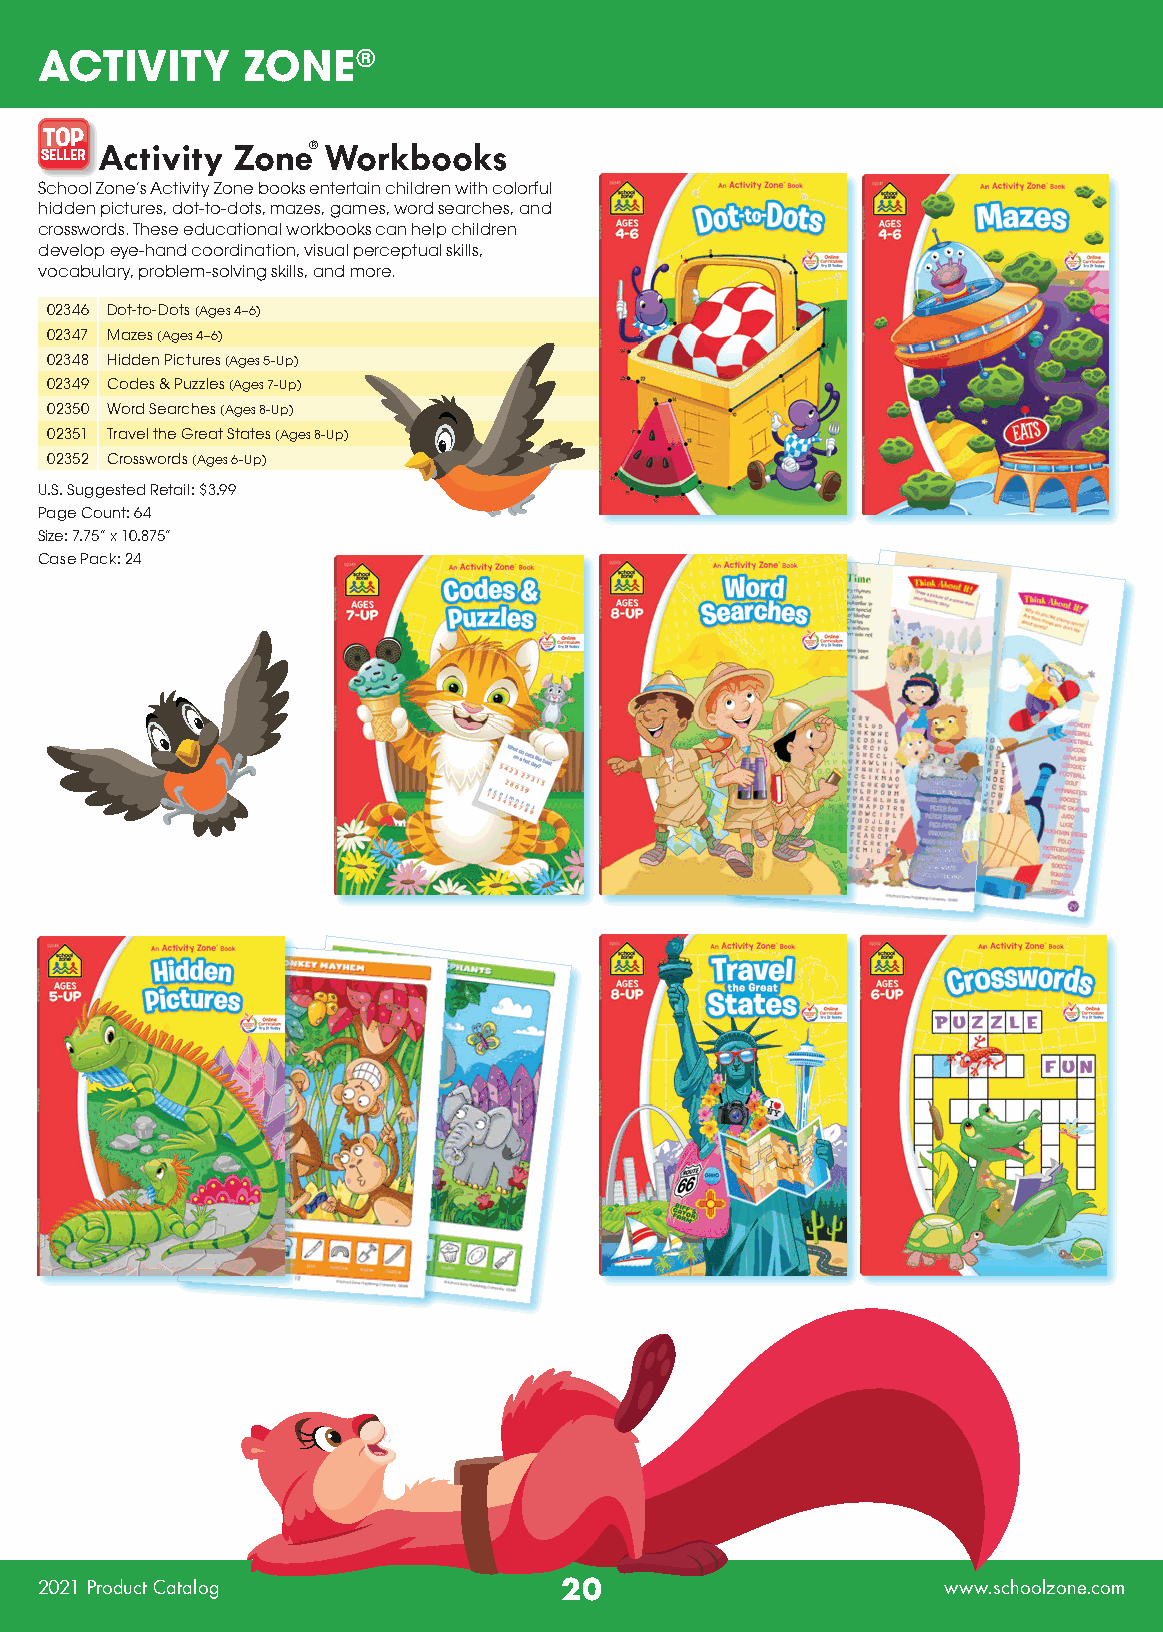
ACTIVITY      ZONE®
 TOP
 SELLER Activity Zone® Workbooks
 School Zone’s Activity Zone books entertain children with colorful
 hidden pictures, dot-to-dots, mazes, games, word searches, and
 crosswords. These educational workbooks can help children
 develop eye-hand coordination, visual perceptual skills,
 vocabulary, problem-solving skills, and more.
 02346 Dot-to-Dots (Ages 4–6)
 02347 Mazes (Ages 4–6)
 02348 Hidden Pictures (Ages 5-Up)
 02349 Codes & Puzzles (Ages 7-Up)
 02350 Word Searches (Ages 8-Up)
 02351 Travel the Great States (Ages 8-Up)
 02352 Crosswords (Ages 6-Up)
 U.S. Suggested Retail: $3.99
 Page Count: 64
 Size: 7.75” x 10.875”
 Case Pack: 24
 2021 Product Catalog               20                        www.schoolzone.com